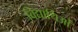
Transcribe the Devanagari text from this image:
विद्यार्थिओं